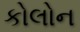
કોલોન